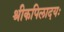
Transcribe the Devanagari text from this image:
श्रीकपिलादयः